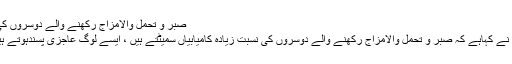
صبر و تحمل والامزاج رکھنے والے دوسروں کی نسبت زیادہ کامیابیاں سمیٹتے ہیں’ محموداسلم
لاہور جدت ویب ڈیسک :سینئر اداکارمحموداسلم نے کہاہے کہ صبر و تحمل والامزاج رکھنے والے دوسروں کی نسبت زیادہ کامیابیاں سمیٹتے ہیں ، ایسے لوگ عاجزی پسندہوتے ہیں اور خدا کی ذات کو یہ صفت بڑی پسند ہے ۔